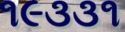
૧૯૩૩૧